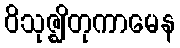
ဝိသုဇ္ဈိတုကာမေန